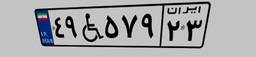
۲۶W۷۲۱۷۲